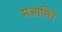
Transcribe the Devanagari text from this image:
मआसिरे